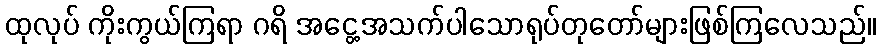
ထုလုပ် ကိုးကွယ်ကြရာ ဂရိ အငွေ့အသက်ပါသောရုပ်တုတော်များဖြစ်ကြလေသည်။